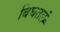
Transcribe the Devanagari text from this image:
बिघतलं